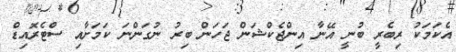
އެކަމަކު ރިބެރީ ބުނީ އޭނާ އިންޖެކްޝަން ޖަހަން ބިރު ނުގަންނަ ކަމަށާއި ސްޓެރޮއިޑް